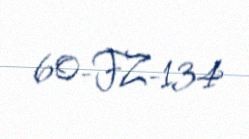
60-FZ-134